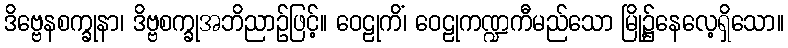
ဒိဗ္ဗေနစက္ခုနာ၊ ဒိဗ္ဗစက္ခုအဘိညာဉ်ဖြင့်။ ဝေဠုကိံ၊ ဝေဠုကဏ္ဍကီမည်သော မြို့၌နေလေ့ရှိသော။